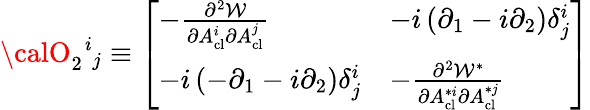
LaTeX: {\calO}_{2}{}^{\mathit{i}}{}_{j}\equiv\left[\begin{array}{ll}{{-{\frac{\partial^{2}{\cal W}}{\partial A_{\mathrm{cl}}^{i}\partial A_{\mathrm{cl}}^{j}}}}}&{{-i\left(\partial_{1}-i\partial_{2}\right)\delta_{j}^{i}}}\\ {{-i\left(-\partial_{1}-i\partial_{2}\right)\delta_{j}^{i}}}&{{-{\frac{\partial^{2}{\cal W}^{*}}{\partial A_{\mathrm{cl}}^{*i}\partial A_{\mathrm{cl}}^{*j}}}}}\end{array}\right]